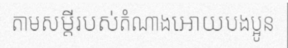
តាមសម្តីរបស់តំណាងអោយបងប្អូន